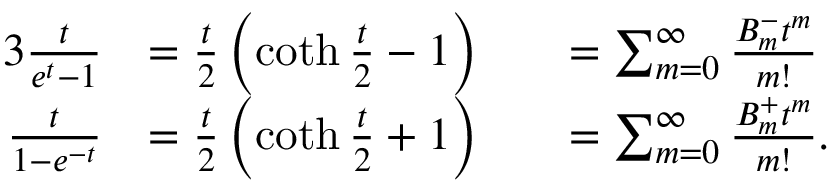
{ \begin{array} { r l r l } { { 3 } { \frac { t } { e ^ { t } - 1 } } } & { = { \frac { t } { 2 } } \left( \coth { \frac { t } { 2 } } - 1 \right) } & & { = \sum _ { m = 0 } ^ { \infty } { \frac { B _ { m } ^ { - } t ^ { m } } { m ! } } } \\ { { \frac { t } { 1 - e ^ { - t } } } } & { = { \frac { t } { 2 } } \left( \coth { \frac { t } { 2 } } + 1 \right) } & & { = \sum _ { m = 0 } ^ { \infty } { \frac { B _ { m } ^ { + } t ^ { m } } { m ! } } . } \end{array} }